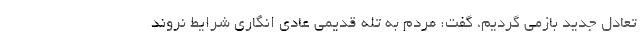
تعادل جدید بازمی گردیم، گفت: مردم به تله قدیمی عادی انگاری شرایط نروند